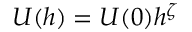
\ U ( h ) = U ( 0 ) h ^ { \zeta }